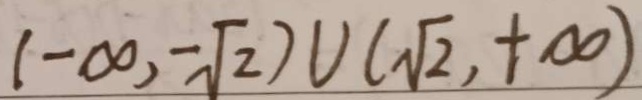
( - \infty , - \sqrt { 2 } ) \cup ( \sqrt { 2 } , + \infty )